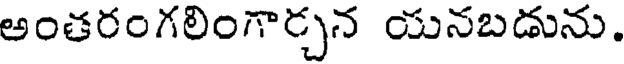
అంతరంగలింగార్చన యనబడును.